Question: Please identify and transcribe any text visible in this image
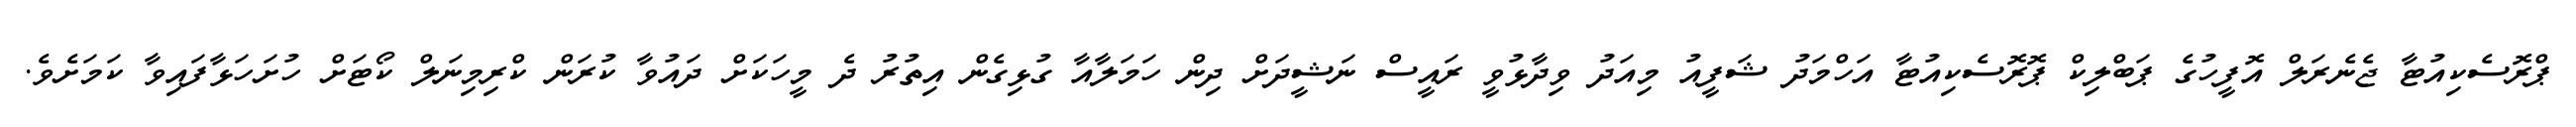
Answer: ޕްރޮސެކިއުޓާ ޖެނެރަލް އޮފީހުގެ ޕަބްލިކް ޕޮރޮސެކިއުޓާ އަހްމަދު ޝަފީއު މިއަދު ވިދާޅުވީ ރައީސް ނަޝީދަށް ދިން ހަމަލާއާ ގުޅިގެން އިތުރު ދެ މީހަކަށް ދައުވާ ކުރަން ކްރިމިނަލް ކޯޓަށް ހުށަހަޅާފައިވާ ކަމަށެވެ.